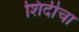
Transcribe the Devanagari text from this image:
शिंदीचा